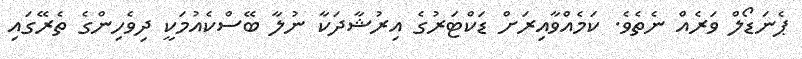
ޕެނަޑޯލް ވަރެއް ނެތެވެ. ކަމެއްވާއިރަށް ޑަކްޓަރުގެ އިރުޝާދަކާ ނުލާ ބޭސްކެއުމަކީ ދިވެހިންގެ ތެރޭގައި